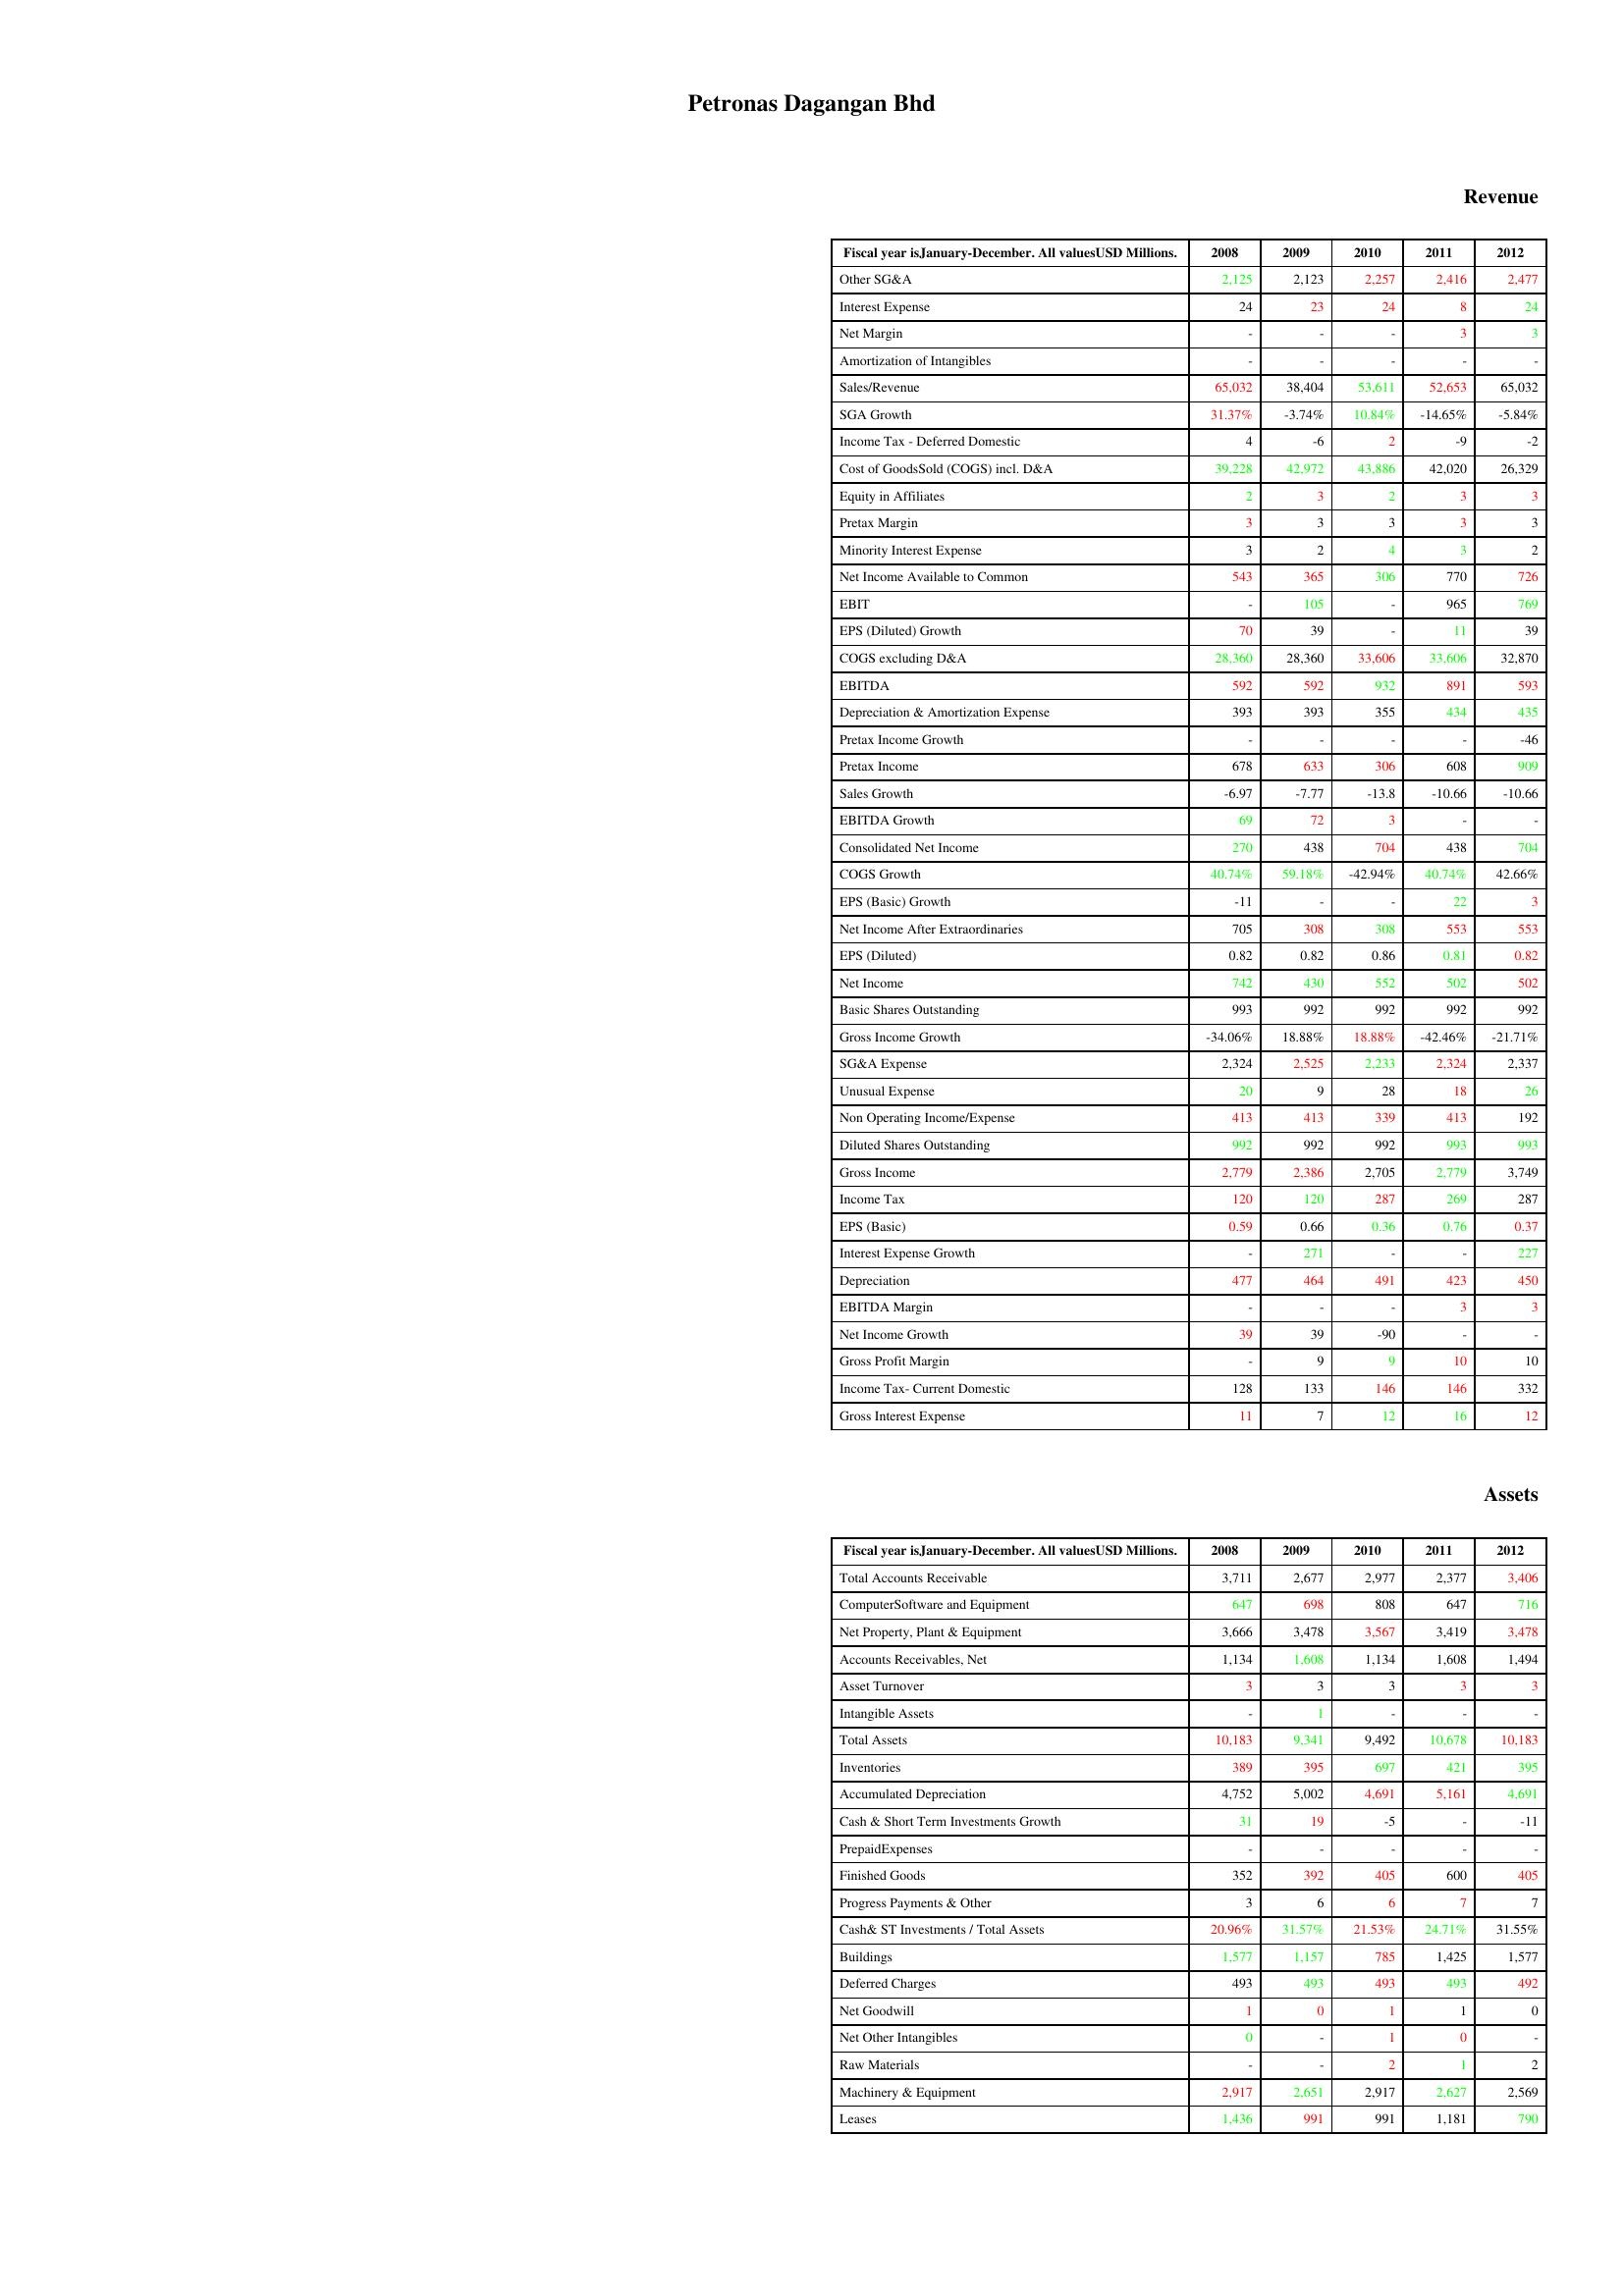
gt_parse: 2008: Revenue: Other SG&A: 2,125
Interest Expense: 24
Net Margin: -
Amortization of Intangibles: -
Sales/Revenue: 65,032
SGA Growth: 31.37%
Income Tax - Deferred Domestic: 4
Cost of GoodsSold (COGS) incl. D&A: 39,228
Equity in Affiliates: 2
Pretax Margin: 3
Minority Interest Expense: 3
Net Income Available to Common: 543
EBIT: -
EPS (Diluted) Growth: 70
COGS excluding D&A: 28,360
EBITDA: 592
Depreciation & Amortization Expense: 393
Pretax Income Growth: -
Pretax Income: 678
Sales Growth: -6.97
EBITDA Growth: 69
Consolidated Net Income: 270
COGS Growth: 40.74%
EPS (Basic) Growth: -11
Net Income After Extraordinaries: 705
EPS (Diluted): 0.82
Net Income: 742
Basic Shares Outstanding: 993
Gross Income Growth: -34.06%
SG&A Expense: 2,324
Unusual Expense: 20
Non Operating Income/Expense: 413
Diluted Shares Outstanding: 992
Gross Income: 2,779
Income Tax: 120
EPS (Basic): 0.59
Interest Expense Growth: -
Depreciation: 477
EBITDA Margin: -
Net Income Growth: 39
Gross Profit Margin: -
Income Tax- Current Domestic: 128
Gross Interest Expense: 11
Assets: Total Accounts Receivable: 3,711
ComputerSoftware and Equipment: 647
Net Property, Plant & Equipment: 3,666
Accounts Receivables, Net: 1,134
Asset Turnover: 3
Intangible Assets: -
Total Assets: 10,183
Inventories: 389
Accumulated Depreciation: 4,752
Cash & Short Term Investments Growth: 31
PrepaidExpenses: -
Finished Goods: 352
Progress Payments & Other: 3
Cash& ST Investments / Total Assets: 20.96%
Buildings: 1,577
Deferred Charges: 493
Net Goodwill: 1
Net Other Intangibles: 0
Raw Materials: -
Machinery & Equipment: 2,917
Leases: 1,436
2009: Revenue: Other SG&A: 2,123
Interest Expense: 23
Net Margin: -
Amortization of Intangibles: -
Sales/Revenue: 38,404
SGA Growth: -3.74%
Income Tax - Deferred Domestic: -6
Cost of GoodsSold (COGS) incl. D&A: 42,972
Equity in Affiliates: 3
Pretax Margin: 3
Minority Interest Expense: 2
Net Income Available to Common: 365
EBIT: 105
EPS (Diluted) Growth: 39
COGS excluding D&A: 28,360
EBITDA: 592
Depreciation & Amortization Expense: 393
Pretax Income Growth: -
Pretax Income: 633
Sales Growth: -7.77
EBITDA Growth: 72
Consolidated Net Income: 438
COGS Growth: 59.18%
EPS (Basic) Growth: -
Net Income After Extraordinaries: 308
EPS (Diluted): 0.82
Net Income: 430
Basic Shares Outstanding: 992
Gross Income Growth: 18.88%
SG&A Expense: 2,525
Unusual Expense: 9
Non Operating Income/Expense: 413
Diluted Shares Outstanding: 992
Gross Income: 2,386
Income Tax: 120
EPS (Basic): 0.66
Interest Expense Growth: 271
Depreciation: 464
EBITDA Margin: -
Net Income Growth: 39
Gross Profit Margin: 9
Income Tax- Current Domestic: 133
Gross Interest Expense: 7
Assets: Total Accounts Receivable: 2,677
ComputerSoftware and Equipment: 698
Net Property, Plant & Equipment: 3,478
Accounts Receivables, Net: 1,608
Asset Turnover: 3
Intangible Assets: 1
Total Assets: 9,341
Inventories: 395
Accumulated Depreciation: 5,002
Cash & Short Term Investments Growth: 19
PrepaidExpenses: -
Finished Goods: 392
Progress Payments & Other: 6
Cash& ST Investments / Total Assets: 31.57%
Buildings: 1,157
Deferred Charges: 493
Net Goodwill: 0
Net Other Intangibles: -
Raw Materials: -
Machinery & Equipment: 2,651
Leases: 991
2010: Revenue: Other SG&A: 2,257
Interest Expense: 24
Net Margin: -
Amortization of Intangibles: -
Sales/Revenue: 53,611
SGA Growth: 10.84%
Income Tax - Deferred Domestic: 2
Cost of GoodsSold (COGS) incl. D&A: 43,886
Equity in Affiliates: 2
Pretax Margin: 3
Minority Interest Expense: 4
Net Income Available to Common: 306
EBIT: -
EPS (Diluted) Growth: -
COGS excluding D&A: 33,606
EBITDA: 932
Depreciation & Amortization Expense: 355
Pretax Income Growth: -
Pretax Income: 306
Sales Growth: -13.8
EBITDA Growth: 3
Consolidated Net Income: 704
COGS Growth: -42.94%
EPS (Basic) Growth: -
Net Income After Extraordinaries: 308
EPS (Diluted): 0.86
Net Income: 552
Basic Shares Outstanding: 992
Gross Income Growth: 18.88%
SG&A Expense: 2,233
Unusual Expense: 28
Non Operating Income/Expense: 339
Diluted Shares Outstanding: 992
Gross Income: 2,705
Income Tax: 287
EPS (Basic): 0.36
Interest Expense Growth: -
Depreciation: 491
EBITDA Margin: -
Net Income Growth: -90
Gross Profit Margin: 9
Income Tax- Current Domestic: 146
Gross Interest Expense: 12
Assets: Total Accounts Receivable: 2,977
ComputerSoftware and Equipment: 808
Net Property, Plant & Equipment: 3,567
Accounts Receivables, Net: 1,134
Asset Turnover: 3
Intangible Assets: -
Total Assets: 9,492
Inventories: 697
Accumulated Depreciation: 4,691
Cash & Short Term Investments Growth: -5
PrepaidExpenses: -
Finished Goods: 405
Progress Payments & Other: 6
Cash& ST Investments / Total Assets: 21.53%
Buildings: 785
Deferred Charges: 493
Net Goodwill: 1
Net Other Intangibles: 1
Raw Materials: 2
Machinery & Equipment: 2,917
Leases: 991
2011: Revenue: Other SG&A: 2,416
Interest Expense: 8
Net Margin: 3
Amortization of Intangibles: -
Sales/Revenue: 52,653
SGA Growth: -14.65%
Income Tax - Deferred Domestic: -9
Cost of GoodsSold (COGS) incl. D&A: 42,020
Equity in Affiliates: 3
Pretax Margin: 3
Minority Interest Expense: 3
Net Income Available to Common: 770
EBIT: 965
EPS (Diluted) Growth: 11
COGS excluding D&A: 33,606
EBITDA: 891
Depreciation & Amortization Expense: 434
Pretax Income Growth: -
Pretax Income: 608
Sales Growth: -10.66
EBITDA Growth: -
Consolidated Net Income: 438
COGS Growth: 40.74%
EPS (Basic) Growth: 22
Net Income After Extraordinaries: 553
EPS (Diluted): 0.81
Net Income: 502
Basic Shares Outstanding: 992
Gross Income Growth: -42.46%
SG&A Expense: 2,324
Unusual Expense: 18
Non Operating Income/Expense: 413
Diluted Shares Outstanding: 993
Gross Income: 2,779
Income Tax: 269
EPS (Basic): 0.76
Interest Expense Growth: -
Depreciation: 423
EBITDA Margin: 3
Net Income Growth: -
Gross Profit Margin: 10
Income Tax- Current Domestic: 146
Gross Interest Expense: 16
Assets: Total Accounts Receivable: 2,377
ComputerSoftware and Equipment: 647
Net Property, Plant & Equipment: 3,419
Accounts Receivables, Net: 1,608
Asset Turnover: 3
Intangible Assets: -
Total Assets: 10,678
Inventories: 421
Accumulated Depreciation: 5,161
Cash & Short Term Investments Growth: -
PrepaidExpenses: -
Finished Goods: 600
Progress Payments & Other: 7
Cash& ST Investments / Total Assets: 24.71%
Buildings: 1,425
Deferred Charges: 493
Net Goodwill: 1
Net Other Intangibles: 0
Raw Materials: 1
Machinery & Equipment: 2,627
Leases: 1,181
2012: Revenue: Other SG&A: 2,477
Interest Expense: 24
Net Margin: 3
Amortization of Intangibles: -
Sales/Revenue: 65,032
SGA Growth: -5.84%
Income Tax - Deferred Domestic: -2
Cost of GoodsSold (COGS) incl. D&A: 26,329
Equity in Affiliates: 3
Pretax Margin: 3
Minority Interest Expense: 2
Net Income Available to Common: 726
EBIT: 769
EPS (Diluted) Growth: 39
COGS excluding D&A: 32,870
EBITDA: 593
Depreciation & Amortization Expense: 435
Pretax Income Growth: -46
Pretax Income: 909
Sales Growth: -10.66
EBITDA Growth: -
Consolidated Net Income: 704
COGS Growth: 42.66%
EPS (Basic) Growth: 3
Net Income After Extraordinaries: 553
EPS (Diluted): 0.82
Net Income: 502
Basic Shares Outstanding: 992
Gross Income Growth: -21.71%
SG&A Expense: 2,337
Unusual Expense: 26
Non Operating Income/Expense: 192
Diluted Shares Outstanding: 993
Gross Income: 3,749
Income Tax: 287
EPS (Basic): 0.37
Interest Expense Growth: 227
Depreciation: 450
EBITDA Margin: 3
Net Income Growth: -
Gross Profit Margin: 10
Income Tax- Current Domestic: 332
Gross Interest Expense: 12
Assets: Total Accounts Receivable: 3,406
ComputerSoftware and Equipment: 716
Net Property, Plant & Equipment: 3,478
Accounts Receivables, Net: 1,494
Asset Turnover: 3
Intangible Assets: -
Total Assets: 10,183
Inventories: 395
Accumulated Depreciation: 4,691
Cash & Short Term Investments Growth: -11
PrepaidExpenses: -
Finished Goods: 405
Progress Payments & Other: 7
Cash& ST Investments / Total Assets: 31.55%
Buildings: 1,577
Deferred Charges: 492
Net Goodwill: 0
Net Other Intangibles: -
Raw Materials: 2
Machinery & Equipment: 2,569
Leases: 790